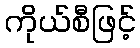
ကိုယ်စီဖြင့်